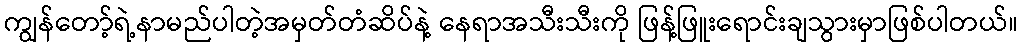
ကျွန်တော့်ရဲ့နာမည်ပါတဲ့အမှတ်တံဆိပ်နဲ့ နေရာအသီးသီးကို ဖြန့်ဖြူးရောင်းချသွားမှာဖြစ်ပါတယ်။